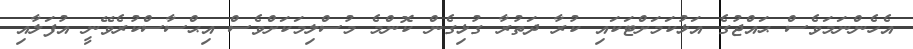
އެހެންނަމަވެސް ޙައްޖުގެ އަޅުކަމަށްޓަކައި ކުރާ ދަތުރާ ގުޅިގެން ކޮންމެ މުސްލިމަކަށްވެސް އިޙްސާސްކުރެވޭނީ އުފަލާއި